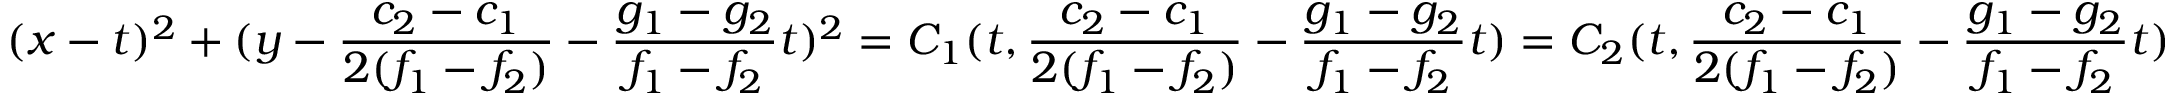
( x - t ) ^ { 2 } + ( y - \frac { c _ { 2 } - c _ { 1 } } { 2 ( f _ { 1 } - f _ { 2 } ) } - \frac { g _ { 1 } - g _ { 2 } } { f _ { 1 } - f _ { 2 } } t ) ^ { 2 } = C _ { 1 } ( t , \frac { c _ { 2 } - c _ { 1 } } { 2 ( f _ { 1 } - f _ { 2 } ) } - \frac { g _ { 1 } - g _ { 2 } } { f _ { 1 } - f _ { 2 } } t ) = C _ { 2 } ( t , \frac { c _ { 2 } - c _ { 1 } } { 2 ( f _ { 1 } - f _ { 2 } ) } - \frac { g _ { 1 } - g _ { 2 } } { f _ { 1 } - f _ { 2 } } t )